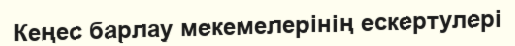
Кеңес барлау мекемелерінің ескертулері